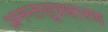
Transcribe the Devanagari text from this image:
अनन्तसूत्रधारण